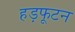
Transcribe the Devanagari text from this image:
हड़फूटन